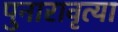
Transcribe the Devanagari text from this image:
पुनारावृत्या